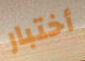
أختبار